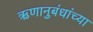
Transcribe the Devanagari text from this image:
ऋणानुबंधांच्या